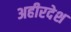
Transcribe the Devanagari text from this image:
अहीरदेश